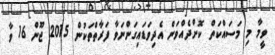
ވީމާ މި މަސައްކަތް ކޮށްދެއްވަން އެދިވަޑައިގަންނަވާ ފަރާތްތަކުން 2015 ޖޫން 16 ވާ